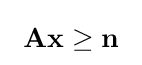
~\mathbf {A} \mathbf {x} \geq \mathbf {n} ~